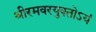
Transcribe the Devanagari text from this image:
श्रीरमवरयुक्‍तोऽयं